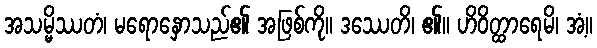
အသမ္မိဿတံ၊ မရောနှောသည်၏ အဖြစ်ကို။ ဒဿေတိ၊ ၏။ ဟိဝိတ္ထာရေမိ၊ အံ့။